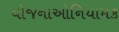
યોજનાઓનિયામક